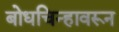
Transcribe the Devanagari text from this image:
बोधचिन्हावरून